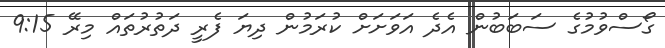
ގޯސްވުމުގެ ސަބަބުން އެދެ އަވަށަށް ކުރަމުން ދިޔަ ފެރީ ދަތުރުތައް މިރޭ 9:15